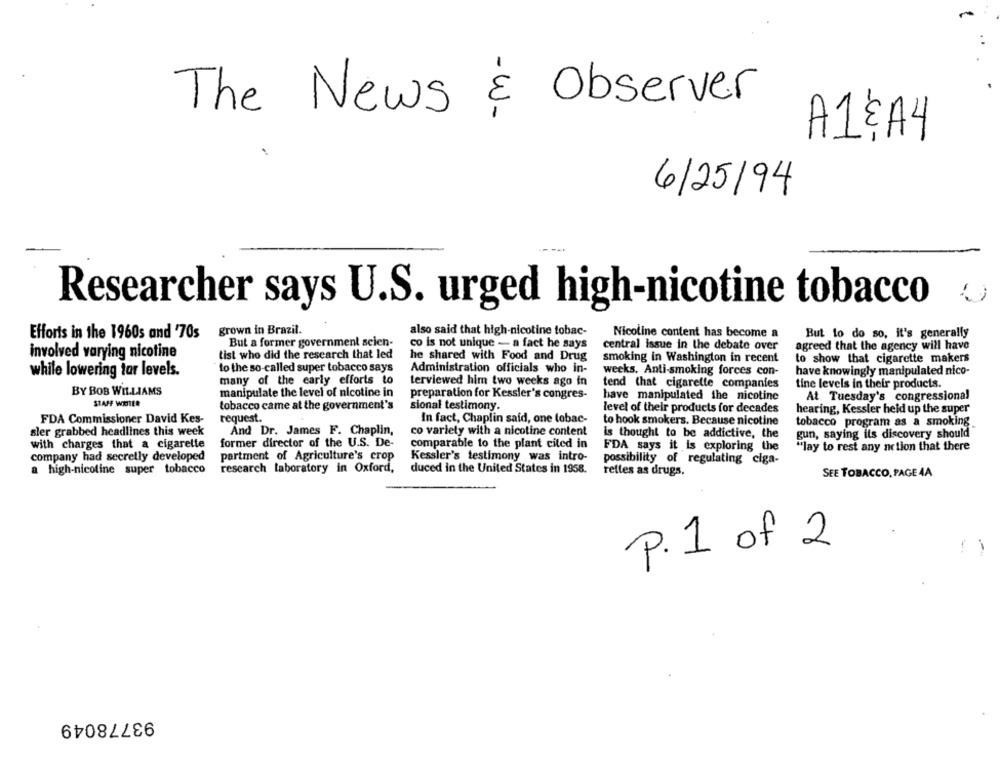
The News & Observer
A1 ÇAY
6/25/94
Researcher says U.S. urged high-nicotine tobacco
grown in Brazil.
Efforts in the 1960s and '70s
also said that high-nicotine tobac-
Nicoline content has become a
But to do so, it's generally
But a former government scien-
co is not unique - a fact he says
involved varying nicotine
central issue in the debate over
agreed that the agency will have
tist who did the research that led
he shared with Food and Drug
smoking in Washington in recent
to show that cigarette makers
to the so-called super tobacco says
while lowering tar levels.
Administration officials who in-
weeks. Anti-smoking forces con-
have knowingly manipulated nico-
many of the early efforts to
terviewed him two weeks ago in
BY BOB WILLIAMS
tend that cigarette companies
tine levels in their products.
manipulate the level of nicotine in
preparation for Kessler's congres-
have manipulated the nicotine
At Tuesday's congressional
STAFF WHIER
tobacco came at the government's
sional testimony.
level of their products for decades
hearing, Kessler held up the super
FDA Commissioner David Kes-
request.
In fact, Chaplin said, one tobac-
to hook smokers. Because nicotine
tobacco program as a smoking
sler grabbed headlines this week
And Dr. James F. Chaplin,
co variety with a nicotine content
is thought to be addictive, the
gun, saying its discovery should
with charges that a cigarette
former director of the U.S. De-
comparable to the plant cited in
FDA says it is exploring the
"lay to rest any action that there
company had secretly developed
partment of Agriculture's crop
Kessler's testimony was intro-
possibility of regulating ciga-
a high-nicotine super tobacco
research laboratory in Oxford,
duced in the United States in 1958.
rettes as drugs.
SEE TOBACCO, PAGE 4A
P. 1 of 2
93778049